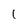
Character: 1